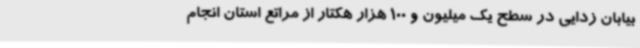
بیابان زدایی در سطح یک میلیون و 100 هزار هکتار از مراتع استان انجام